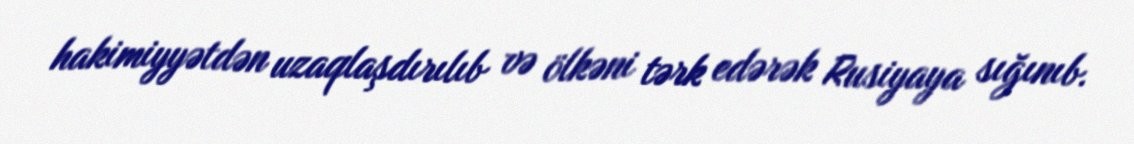
hakimiyyətdən uzaqlaşdırılıb və ölkəni tərk edərək Rusiyaya sığınıb.